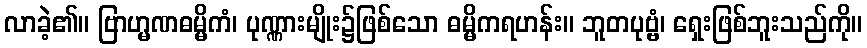
လာခဲ့၏။ ဗြာဟ္မဏဓမ္မိကံ၊ ပုဏ္ဏားမျိုး၌ဖြစ်သော ဓမ္မိကရဟန်း။ ဘူတပုဗ္ဗံ၊ ရှေးဖြစ်ဘူးသည်ကို။